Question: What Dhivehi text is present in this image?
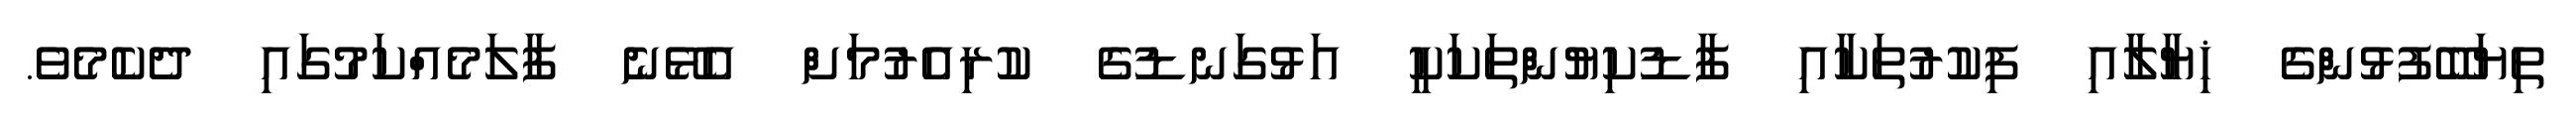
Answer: ތިޔަބޭފުޅުންގެ ޚިޔާލާއި ފިކުރުތަކާއި ފާޑުކިޔުންތަކަކީ އަޅުގަނޑުގެ ކުރިއެރުމަށް އެޅޭނެ ފާލަމެއްކަމުގައި ދެކެމެވެ.